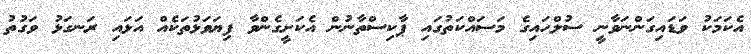
އެކަމަކު ވަޑައިގަންނަވާނީ ސުލްހައިގެ މަސައްކަތުގައި ޕާކިސްތާނުން އެކަށީގެންވާ ފިޔަވަޅުތަކެއް އަޅައި ރަނގަޅު ވަގުތު